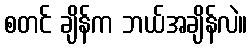
စတင် ချိန်က ဘယ်အချိန်လဲ။